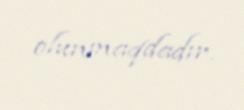
olunmaqdadır.